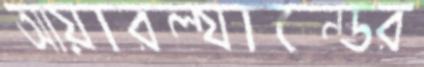
আয়ারল্যান্ডের